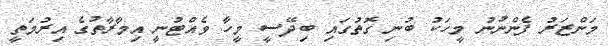
މަންޒަރު ފެންނުނު މީހަކު ބުނި ގޮތުގައި ބިދޭސީ މީހާ ވެއްޓުނީ އިމާރާތުގެ އިރުމަތީ